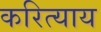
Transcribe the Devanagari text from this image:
करित्याय